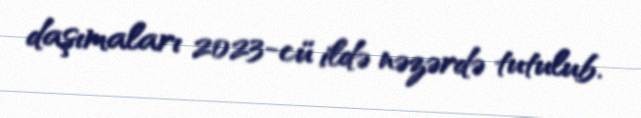
daşımaları 2023-cü ildə nəzərdə tutulub.